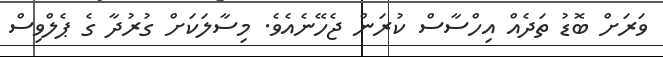
ވަރަށް ބޮޑު ތަދެއް އިހްސާސް ކުރަން ޖެހޭނެއެވެ. މިސާލަކަށް ގުރުދާ ގެ ޕެލްވިސް